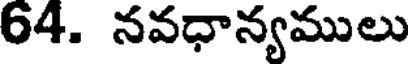
64. నవధాన్యములు